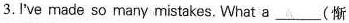
3. I've made so many mistakes, What a ___(惭